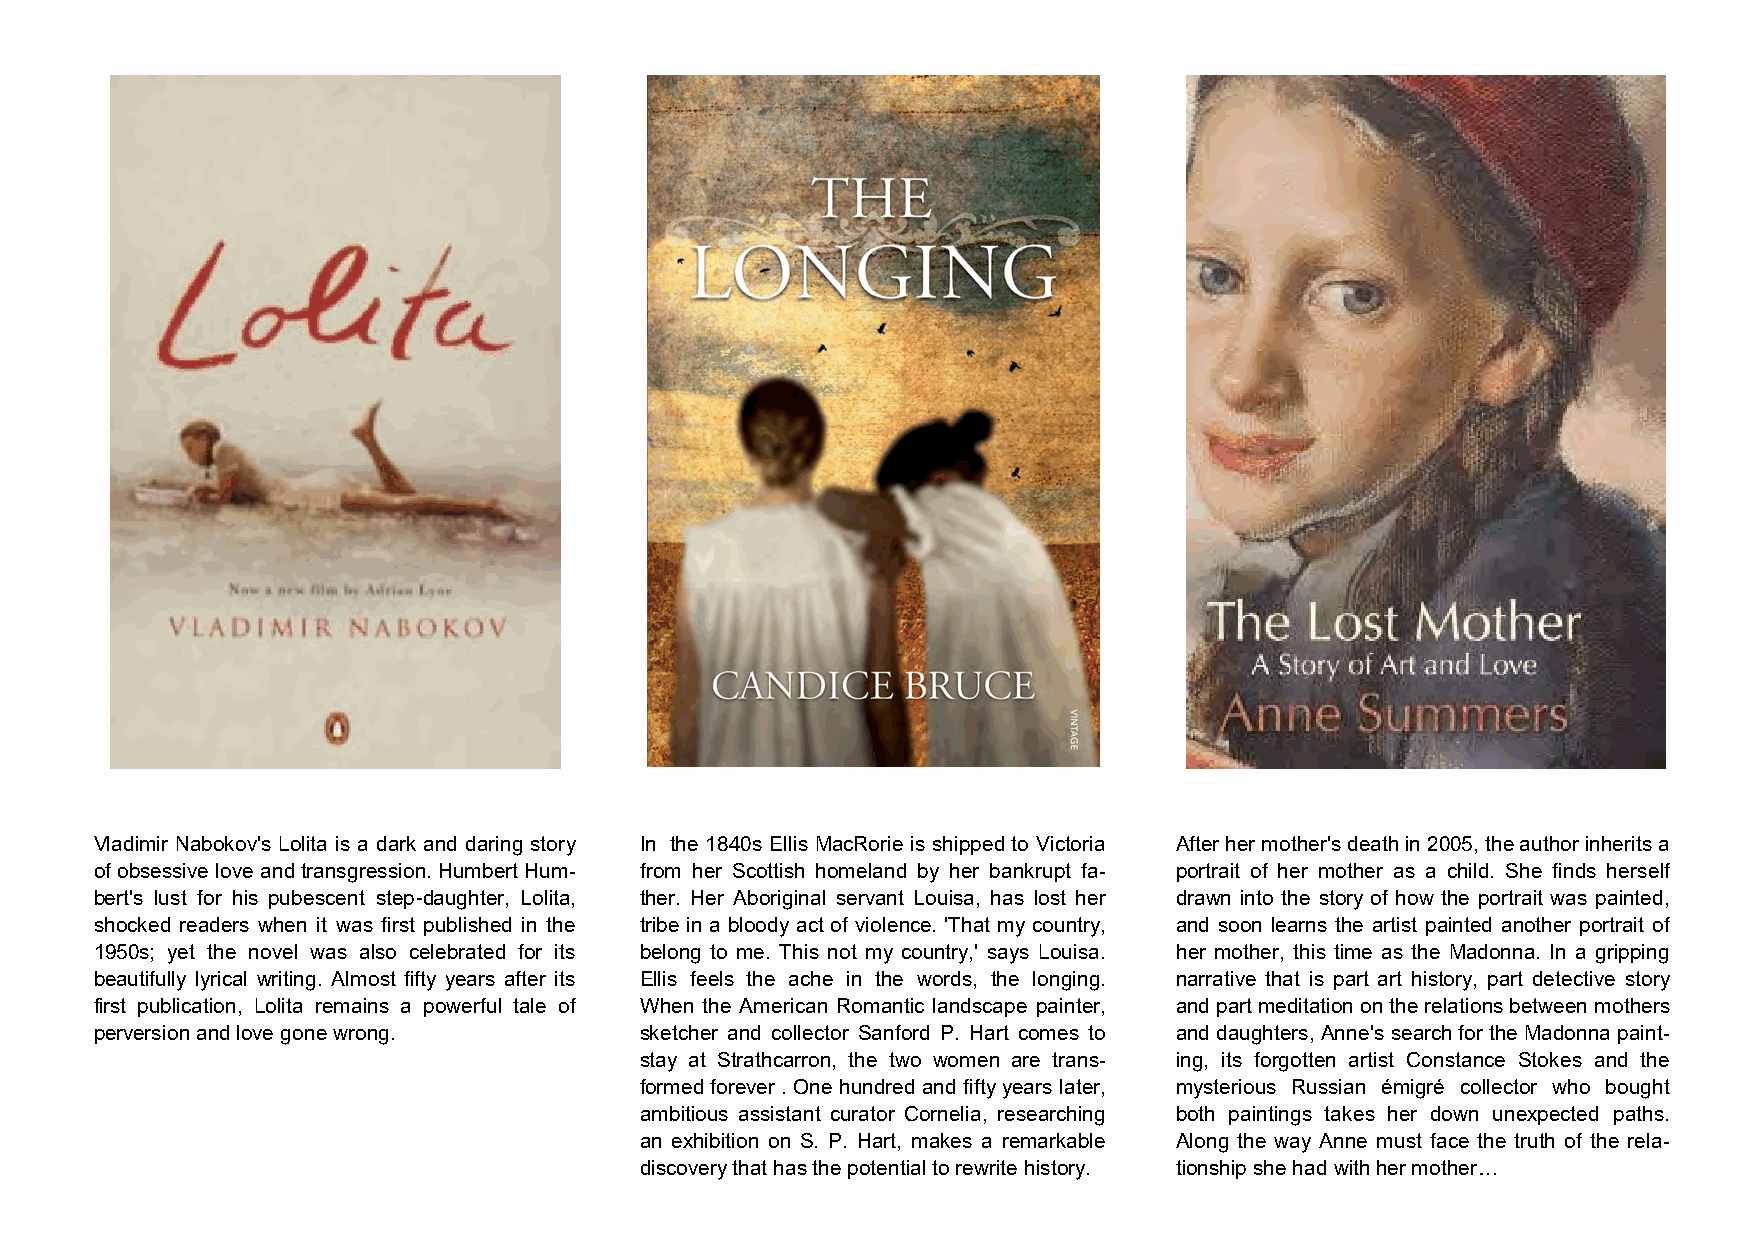
Vladimir Nabokov's Lolita is a dark and daring story In the 1840s Ellis MacRorie is shipped to Victoria After her mother's death in 2005, the author inherits a
 of obsessive love and transgression. Humbert Hum- from her Scottish homeland by her bankrupt fa- portrait of her mother as a child. She finds herself
 bert's lust for his pubescent step-daughter, Lolita, ther. Her Aboriginal servant Louisa, has lost her drawn into the story of how the portrait was painted,
 shocked readers when it was first published in the tribe in a bloody act of violence. 'That my country, and soon learns the artist painted another portrait of
 1950s; yet the novel was also celebrated for its belong to me. This not my country,' says Louisa. her mother, this time as the Madonna. In a gripping
 beautifully lyrical writing. Almost fifty years after its Ellis feels the ache in the words, the longing. narrative that is part art history, part detective story
 first publication, Lolita remains a powerful tale of When the American Romantic landscape painter, and part meditation on the relations between mothers
 perversion and love gone wrong.     sketcher and collector Sanford P. Hart comes to and daughters, Anne's search for the Madonna paint-
 stay at Strathcarron, the two women are trans- ing, its forgotten artist Constance Stokes and the
 formed forever . One hundred and fifty years later, mysterious Russian émigré collector who bought
 ambitious assistant curator Cornelia, researching both paintings takes her down unexpected paths.
 an exhibition on S. P. Hart, makes a remarkable Along the way Anne must face the truth of the rela-
 discovery that has the potential to rewrite history. tionship she had with her mother…